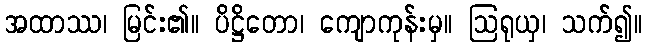
အထာဿ၊ မြင်း၏။ ပိဋ္ဌိတော၊ ကျောကုန်းမှ။ ဩရုယှ၊ သက်၍။